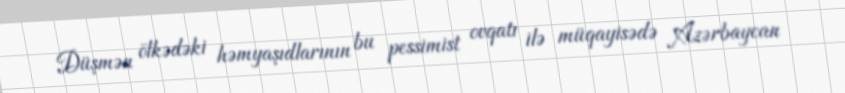
Düşmən ölkədəki həmyaşıdlarının bu pessimist ovqatı ilə müqayisədə Azərbaycan